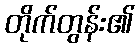
တိုက်တွန်း၏